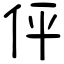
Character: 伻